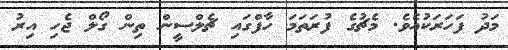
މަދު ފަހަރަކުއެވެ. މެޗުގެ ފުރަތަމަ ހާފްގައި ޗެލްސީން ތިން ގޯލް ޖެހި އިރު